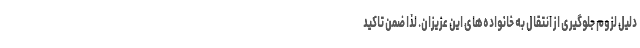
دلیل لزوم جلوگیری از انتقال به خانواده‌های این عزیزان. لذا ضمن تاکید